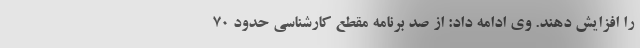
را افزایش دهند. وی ادامه داد: از صد برنامه مقطع کارشناسی حدود ۷۰